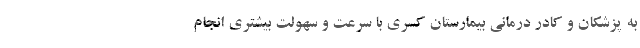
به پزشکان و کادر درمانی بیمارستان كسري با سرعت و سهولت بيشتري انجام